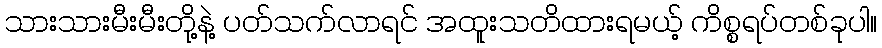
သားသားမီးမီးတို့နဲ့ ပတ်သက်လာရင် အထူးသတိထားရမယ့် ကိစ္စရပ်တစ်ခုပါ။